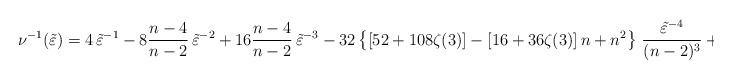
LaTeX: \begin{align*}\nu ^{-1}(\tilde \varepsilon )= {4}\,{\tilde \varepsilon^{-1} }-8 \frac{n-4}{n-2}\,\tilde \varepsilon^{-2}+16 \frac{n-4}{n-2}\,\tilde \varepsilon^{-3 }-32 \left\{\left[52+108\zeta(3)\right]-\left[16+36\zeta(3)\right]n+n^2 \right\} \,\frac{\tilde \varepsilon^{-4 }}{(n-2)^3}+\dots~.\end{align*}